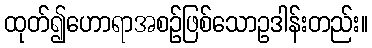
ထုတ်၍ဟောရာအစဉ်ဖြစ်သောဥဒါန်းတည်း။